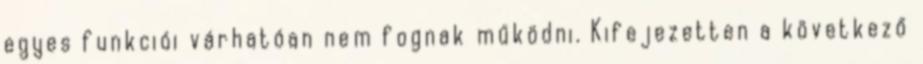
egyes funkciói várhatóan nem fognak működni. Kifejezetten a következő